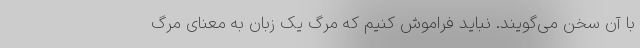
با آن سخن می‌گویند. نباید فراموش کنیم که مرگ یک زبان به معنای مرگ